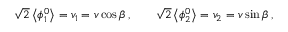
\sqrt 2 \left< \phi _ { 1 } ^ { 0 } \right> = v _ { 1 } = v \cos \beta \, , \qquad \sqrt 2 \left< \phi _ { 2 } ^ { 0 } \right> = v _ { 2 } = v \sin \beta \, ,